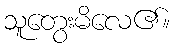
သူတွေးမိလေ၏။